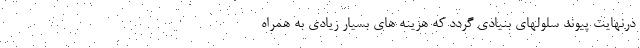
درنهايت پیوند سلولهای بنیادی گردد که هزینه های بسیار زیادی به همراه